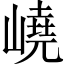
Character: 嶢